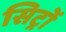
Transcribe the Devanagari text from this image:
सिट्रों